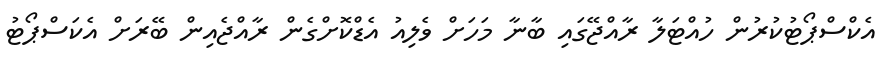
އެކްސްޕޯޓުކުރުން ހުއްޓަލާ ރާއްޖޭގައި ބާނާ މަހަށް ވެލިއު އެޑްކޮށްގެން ރާއްޖެއިން ބޭރަށް އެކަސްޕޯޓު